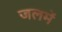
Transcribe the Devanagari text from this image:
जलमें